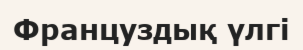
Француздық үлгі